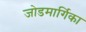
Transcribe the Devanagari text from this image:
जोडमार्गिका